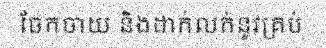
ចែកចាយ និងដាក់លក់នូវគ្រប់